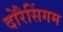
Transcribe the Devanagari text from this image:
दोरैसिंगम